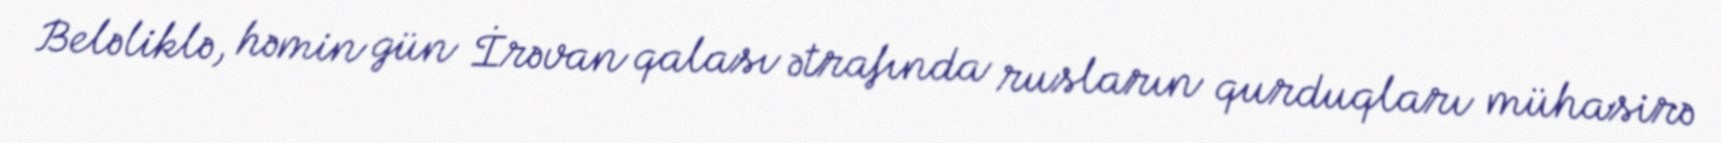
Beləliklə, həmin gün İrəvan qalası ətrafında rusların qurduqları mühasirə